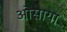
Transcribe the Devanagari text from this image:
ओसाया